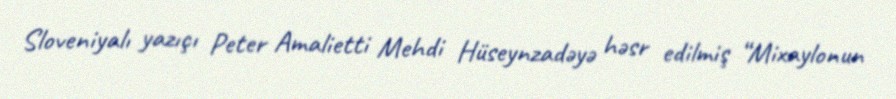
Sloveniyalı yazıçı Peter Amalietti Mehdi Hüseynzadəyə həsr edilmiş “Mixaylonun